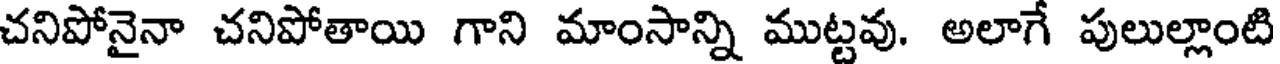
చనిపోనైనా చనిపోతాయి గాని మాంసాన్ని ముట్టవు. అలాగే పులుల్లాంటి